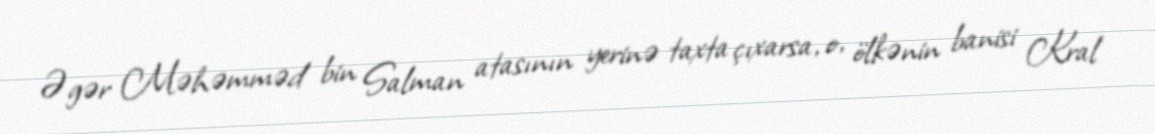
Əgər Məhəmməd bin Salman atasının yerinə taxta çıxarsa, o, ölkənin banisi Kral